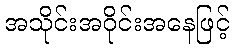
အသိုင်းအဝိုင်းအနေဖြင့်